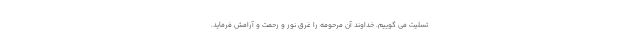
تسلیت می گوییم. خداوند آن مرحومه را غرق نور و رحمت و آرامش فرماید.